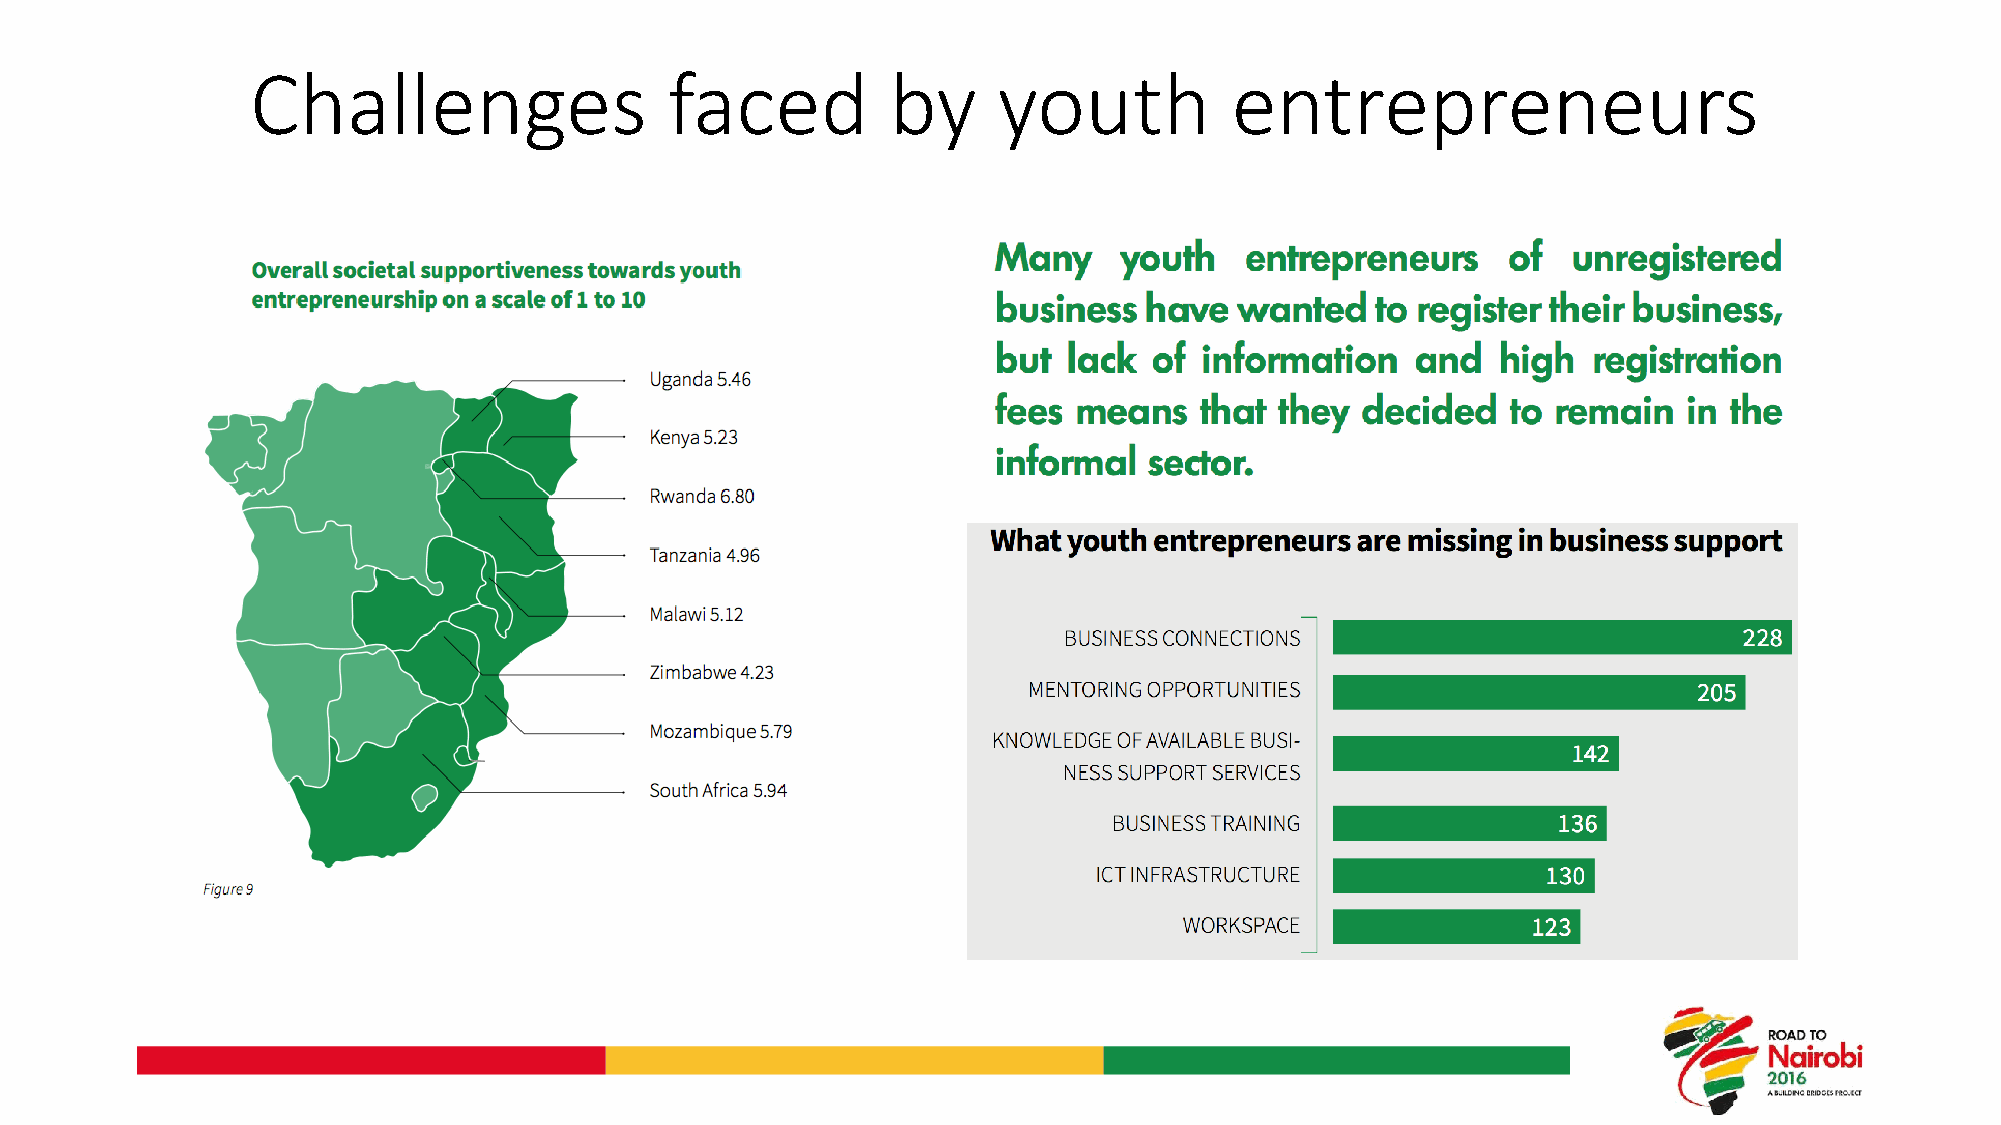
Challenges                 faced          by     youth          entrepreneurs